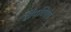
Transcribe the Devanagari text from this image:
द्वीपविशेष